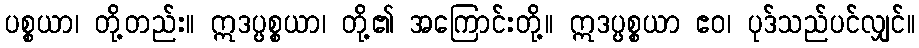
ပစ္စယာ၊ တို့တည်း။ ဣဒပ္ပစ္စယာ၊ တို့၏ အကြောင်းတို့။ ဣဒပ္ပစ္စယာ ဧဝ၊ ပုဒ်သည်ပင်လျှင်။